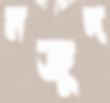
মজুদ